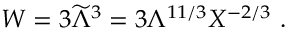
W = 3 { \widetilde \Lambda } ^ { 3 } = 3 \Lambda ^ { 1 1 / 3 } X ^ { - 2 / 3 } ~ .